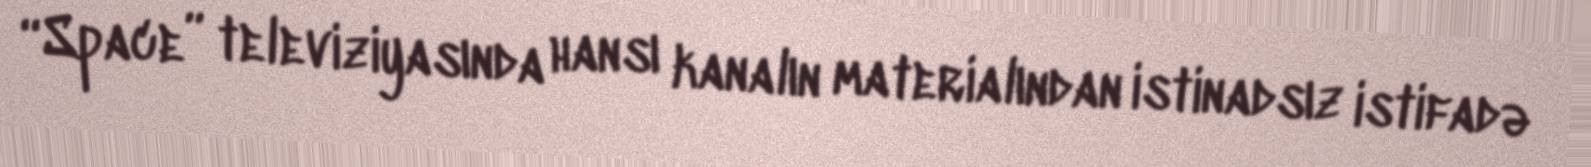
“Space” televiziyasında hansı kanalın materialından istinadsız istifadə